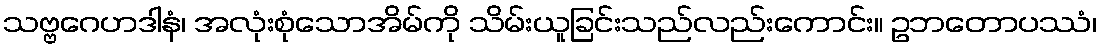
သဗ္ဗဂေဟဒါနံ၊ အလုံးစုံသောအိမ်ကို သိမ်းယူခြင်းသည်လည်းကောင်း။ ဥဘတောပဿံ၊